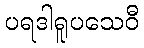
ပရဒါရူပသေဝီ